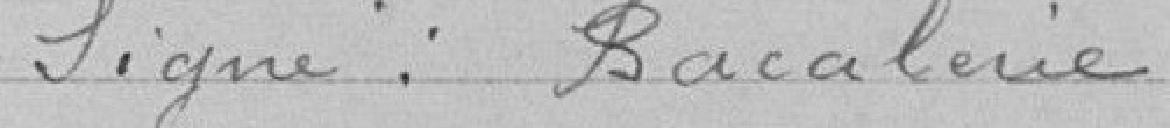
Ligne : Bacalerie.